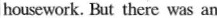
housework. But there was an